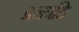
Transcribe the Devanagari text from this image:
प्रजपति